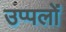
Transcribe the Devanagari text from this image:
उप्पलों